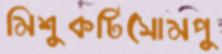
মিশুকটিসোমপু